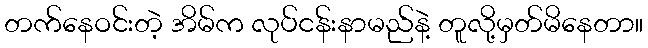
တက်နေဝင်းတဲ့ အိမ်က လုပ်ငန်းနာမည်နဲ့ တူလို့မှတ်မိနေတာ။